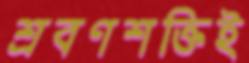
শ্রবণশক্তিই